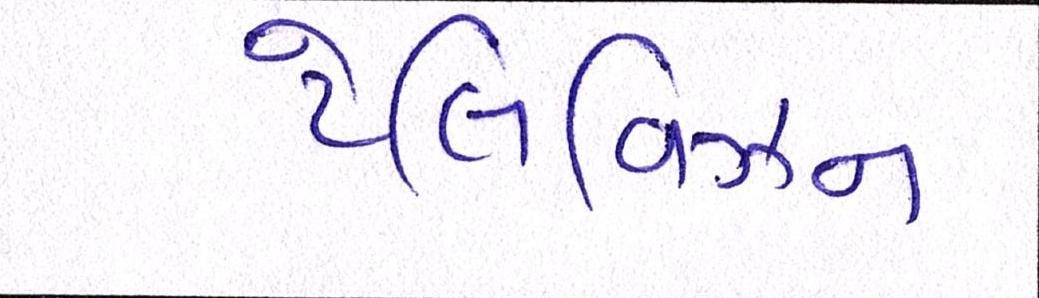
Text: ટેલિવિઝન